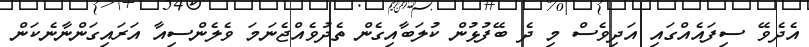
އެދެވޭ ސިފައެއްގައި އަދިވެސް މި ދެ ބޭފުޅުން ކުލަބާއިގެން ތެދުވެއްޖެނަމަ ވެލެންސިއާ އަރައިގަންނާނެކަން